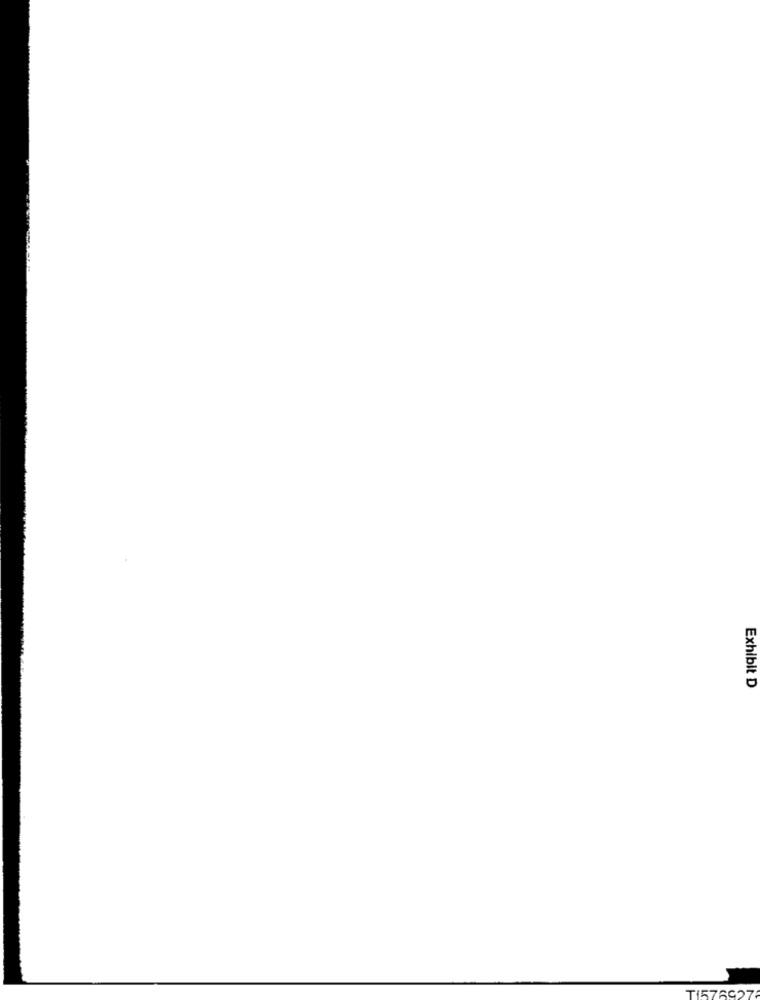
Exhibit D
TI576927